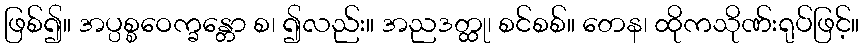
ဖြစ်၍။ အပ္ပစ္စဝေက္ခန္တော စ၊ ၍လည်း။ အညဒတ္ထု၊ စင်စစ်။ တေန၊ ထိုကသိုဏ်းရုပ်ဖြင့်။